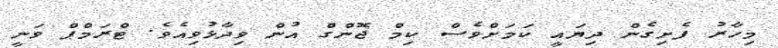
މިހާރު ފެށިގެން ދިޔައީ ކަމަށްވެސް ކިމް ޖޮންގް އުން ވިދާޅުވިއެވެ. ޓްރަމްޕް ވަނީ